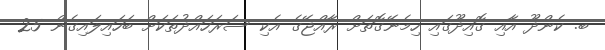
ބ. ކެންދޫ އާއި ގޮއިދޫގައި ހިމެނޭގޮތަށް ރާއްޖޭގެ އެކި ސަރަހައްދުތަކަށް ބަހައިލައިގެން 25